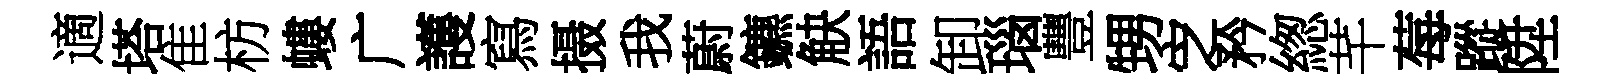
適塔隹枋螻广護寫摄我蔚鑣觖語卸瑙豐甥㝎矜緫芊莓蹤陞